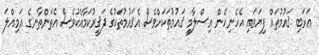
ޢަރަބި ޤައުމުތައް ފިޔަވައި އެހެނިހެން އިސްލާމީ ޤައުމުތަކަށްވެސް އެޤައުމުތަކުގެ ފަޤީރުކަމާއެކުވެސް އެތަންތާނގެ އަމިއްލަ